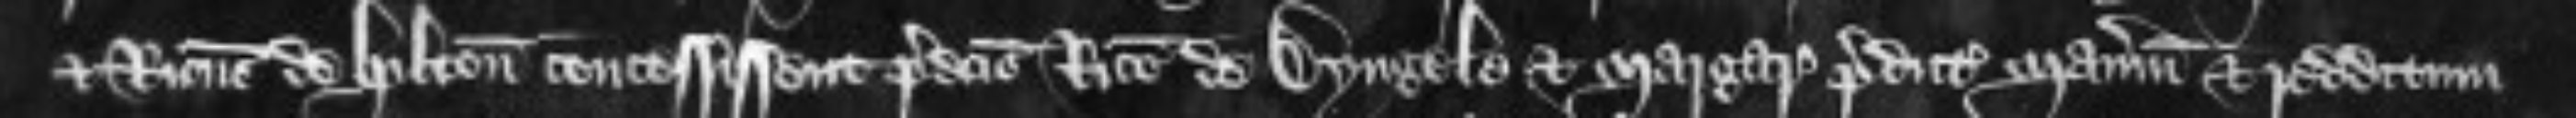
et Ricardus de Hilton concessissent predictis Ricardo de Dyngele et Margarete predictum manerium et redditum